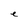
Character: e